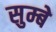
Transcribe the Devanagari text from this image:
सुम्बे